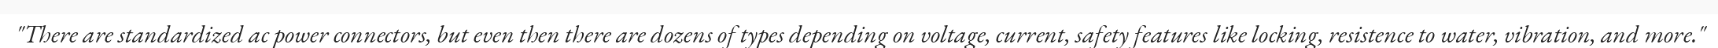
"There are standardized ac power connectors, but even then there are dozens of types depending on voltage, current, safety features like locking, resistence to water, vibration, and more."